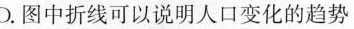
D.图中折线可以说明人口变化的趋势